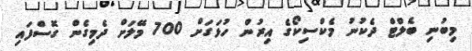
މިބުނި ބެލްްޓް ދެކުނު މެކްސިކޯގެ އިރުން ހުޅަގަށް 700 މޭލަށް ދެމިގެން ގޮސްފައި